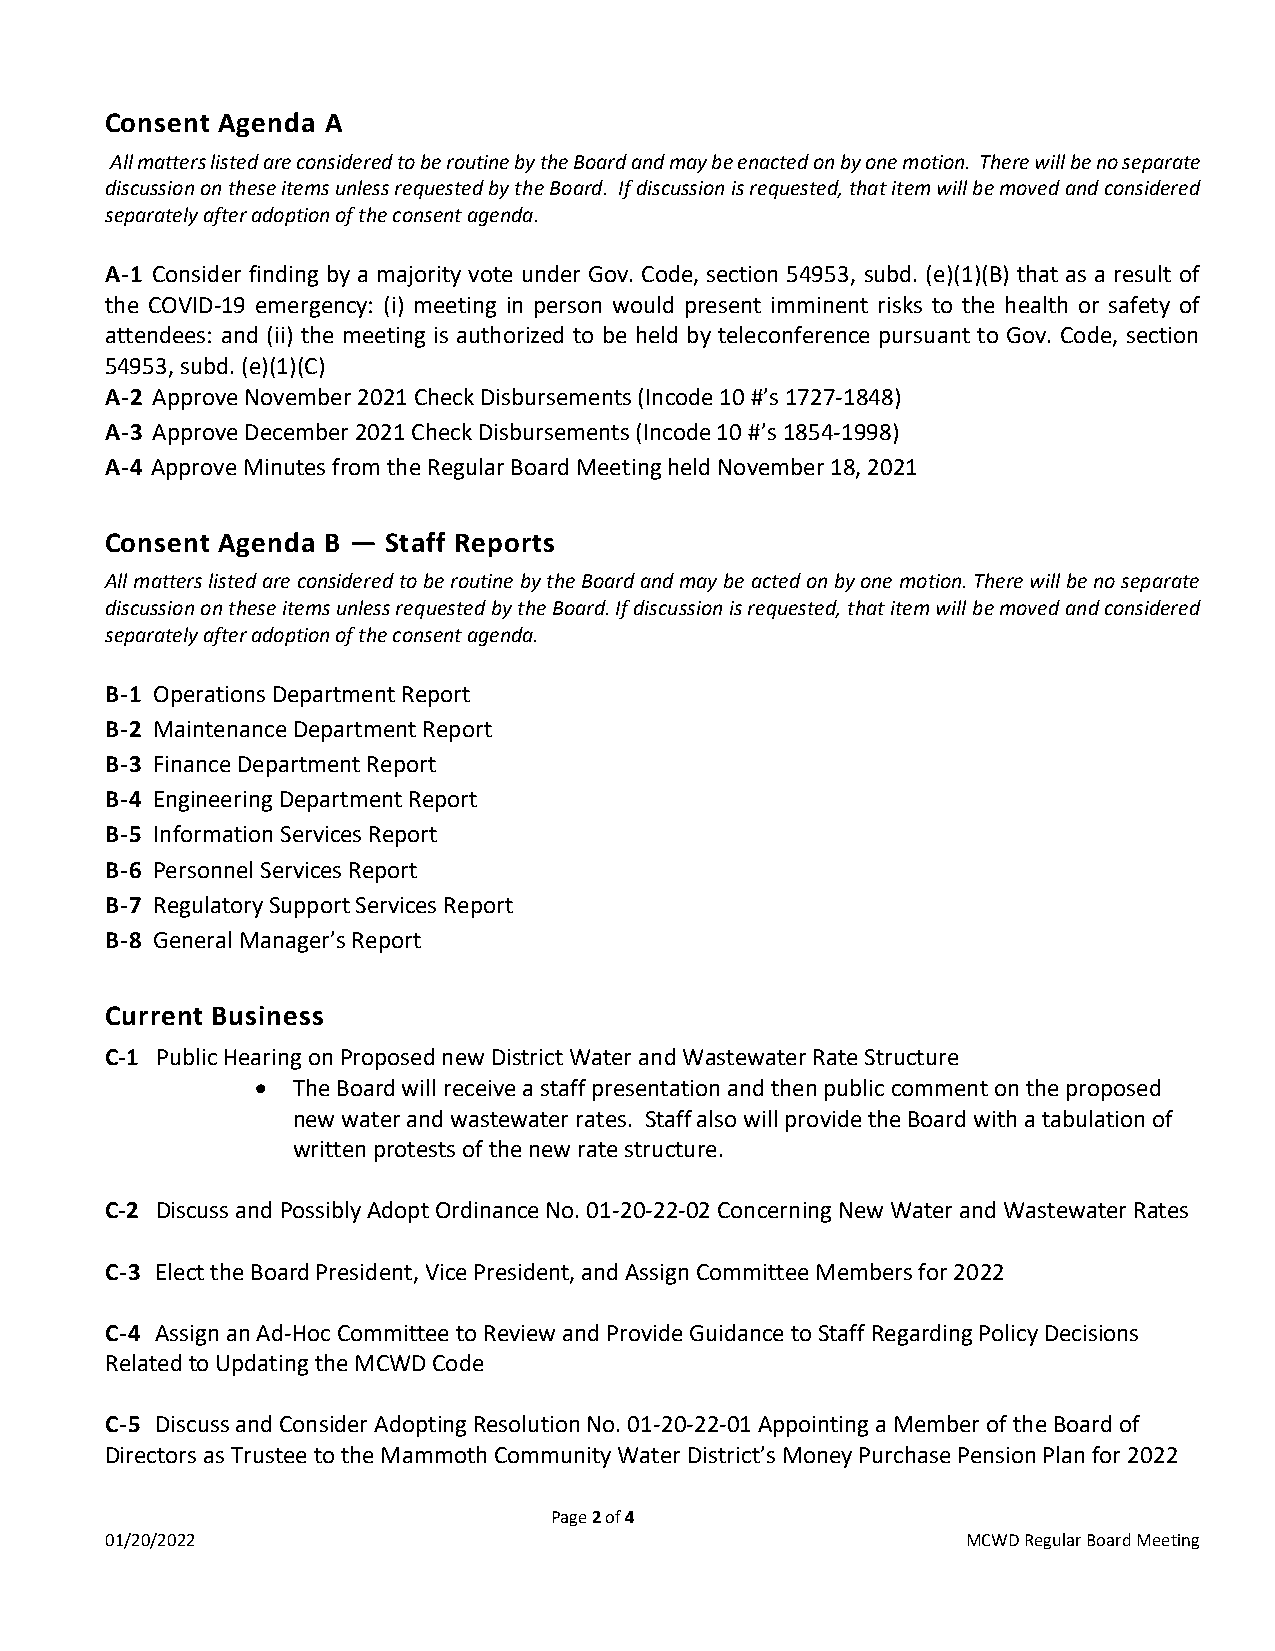
Consent Agenda A
 All matters listed are considered to be routine by the Board and may be enacted on by one motion. There will be no separate
 discussion on these items unless requested by the Board. If discussion is requested, that item will be moved and considered
 separately after adoption of the consent agenda.
 A-1 Consider finding by a majority vote under Gov. Code, section 54953, subd. (e)(1)(B) that as a result of
 the COVID-19 emergency: (i) meeting in person would present imminent risks to the health or safety of
 attendees: and (ii) the meeting is authorized to be held by teleconference pursuant to Gov. Code, section
 54953, subd. (e)(1)(C)
 A-2 Approve November 2021 Check Disbursements (Incode 10 #’s 1727-1848)
 A-3 Approve December 2021 Check Disbursements (Incode 10 #’s 1854-1998)
 A-4 Approve Minutes from the Regular Board Meeting held November 18, 2021
 Consent Agenda B — Staff Reports
 All matters listed are considered to be routine by the Board and may be acted on by one motion. There will be no separate
 discussion on these items unless requested by the Board. If discussion is requested, that item will be moved and considered
 separately after adoption of the consent agenda.
 B-1 Operations Department Report
 B-2 Maintenance Department Report
 B-3 Finance Department Report
 B-4 Engineering Department Report
 B-5 Information Services Report
 B-6 Personnel Services Report
 B-7 Regulatory Support Services Report
 B-8 General Manager’s Report
 Current Business
 C-1 Public Hearing on Proposed new District Water and Wastewater Rate Structure
 • The Board will receive a staff presentation and then public comment on the proposed
 new water and wastewater rates. Staff also will provide the Board with a tabulation of
 written protests of the new rate structure.
 C-2 Discuss and Possibly Adopt Ordinance No. 01-20-22-02 Concerning New Water and Wastewater Rates
 C-3 Elect the Board President, Vice President, and Assign Committee Members for 2022
 C-4 Assign an Ad-Hoc Committee to Review and Provide Guidance to Staff Regarding Policy Decisions
 Related to Updating the MCWD Code
 C-5 Discuss and Consider Adopting Resolution No. 01-20-22-01 Appointing a Member of the Board of
 Directors as Trustee to the Mammoth Community Water District’s Money Purchase Pension Plan for 2022
 Page 2 of 4
 01/20/2022                                               MCWD Regular Board Meeting